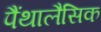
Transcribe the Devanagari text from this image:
पैंथालैसिक